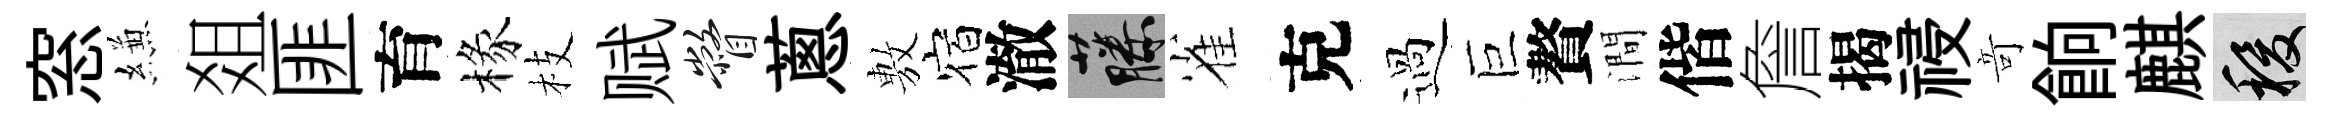
窓縑爼匪育椽枝赋瞥蔥𢾾宿澈藤雀克過巨贅澗偕詹揭祲竒餉麒稷